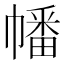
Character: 幡